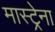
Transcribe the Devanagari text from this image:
मास्ट्रेना